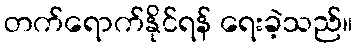
တက်ရောက်နိုင်ရန် ရေးခဲ့သည်။